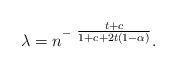
LaTeX: \begin{align*}\lambda = n^{-~\tfrac{t+c}{1+c+2t(1-\alpha)}}.\end{align*}